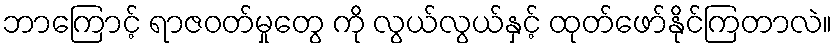
ဘာကြောင့် ရာဇဝတ်မှုတွေ ကို လွယ်လွယ်နှင့် ထုတ်ဖော်နိုင်ကြတာလဲ။